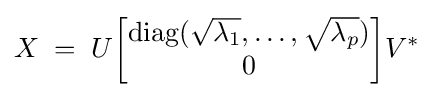
X\;=\;U{\begin{bmatrix}\operatorname {diag} ({\sqrt {\lambda _{1}}},\dots ,{\sqrt {\lambda _{p}}})\\0\end{bmatrix}}V^{*}